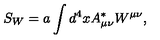
S _ { W } = a \int d ^ { 4 } x A _ { \mu \nu } ^ { * } W ^ { \mu \nu } ,